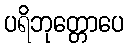
ပရိဘုတ္တောပေ